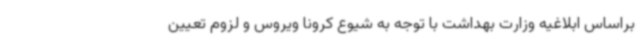
براساس ابلاغیه وزارت بهداشت با توجه به شیوع کرونا ویروس و لزوم تعیین